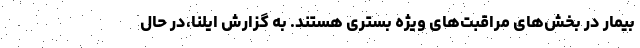
بیمار در بخش‌های مراقبت‌های ویژه بستری هستند. به گزارش ایلنا،در حال